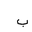
Letter: _ba